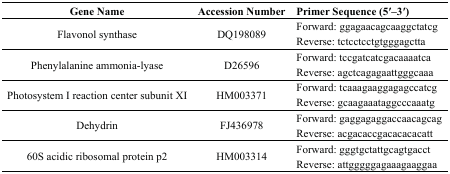
<table><thead><tr><td><b>Gene Name</b></td><td><b>Accession Number</b></td><td><b>Primer Sequence (5′–3′)</b></td></tr></thead><tbody><tr><td rowspan="2">Flavonol synthase</td><td rowspan="2">DQ198089</td><td>Forward: ggagaacagcaaggctatcg</td></tr><tr><td>Reverse: tctcctcctgtgggagctta</td></tr><tr><td rowspan="2">Phenylalanine ammonia-lyase</td><td rowspan="2">D26596</td><td>Forward: tccgatcatcgacaaaatca</td></tr><tr><td>Reverse: agctcagagaattgggcaaa</td></tr><tr><td rowspan="2">Photosystem I reaction center subunit XI</td><td rowspan="2">HM003371</td><td>Forward: tcaaagaaggagagccatcg</td></tr><tr><td>Reverse: gcaagaaataggcccaaatg</td></tr><tr><td rowspan="2">Dehydrin</td><td rowspan="2">FJ436978</td><td>Forward: gaggagaggaccaacagcag</td></tr><tr><td>Reverse: acgacaccgacacacacatt</td></tr><tr><td rowspan="2">60S acidic ribosomal protein p2</td><td rowspan="2">HM003314</td><td>Forward: gggtgctattgcagtgacct</td></tr><tr><td>Reverse: attgggggagaaagaaggaa</td></tr></tbody></table>